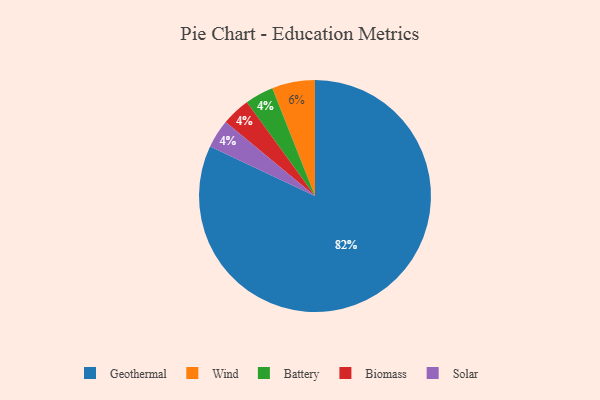
{"axis": {"x": "Category", "y": "Percentage"}, "legend": ["Battery", "Biomass", "Geothermal", "Solar", "Wind"], "data": [{"x": "Geothermal", "y": 82, "type": "Geothermal"}, {"x": "Battery", "y": 4, "type": "Battery"}, {"x": "Wind", "y": 6, "type": "Wind"}, {"x": "Biomass", "y": 4, "type": "Biomass"}, {"x": "Solar", "y": 4, "type": "Solar"}]}